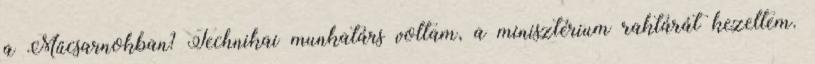
a Műcsarnokban? Technikai munkatárs voltam, a minisztérium raktárát kezeltem.